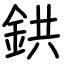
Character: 鉷